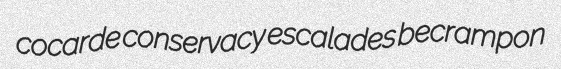
cocarde conservacy escalades becrampon